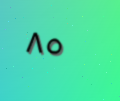
٨٥